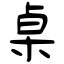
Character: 桌